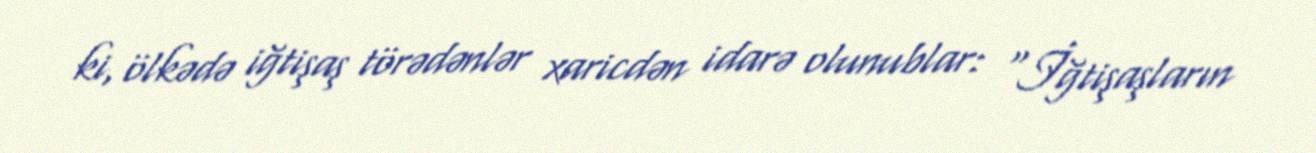
ki, ölkədə iğtişaş törədənlər xaricdən idarə olunublar: “İğtişaşların